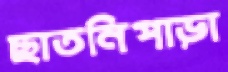
ছাতনিপাড়া